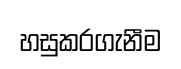
හසුකරගැනීම